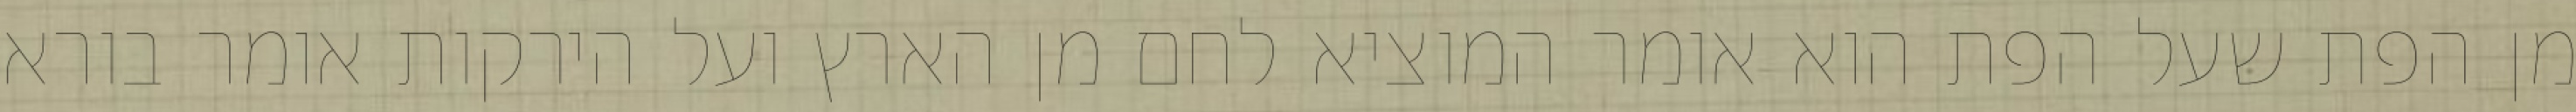
מן הפת שעל הפת הוא אומר המוציא לחם מן הארץ ועל הירקות אומר בורא